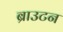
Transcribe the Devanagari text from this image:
ब्राउटन